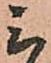
三